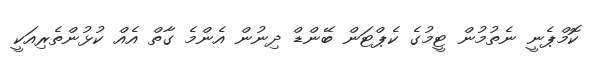
ކޮމްޕެނީ ނެތުމުން ޓީމުގެ ކެޕްޓަން ބޭންޑް ދިނުން އެންމެ ގާތް އެއްް ކުޅުންތެރިއަކީ